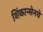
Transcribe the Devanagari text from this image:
शिंकान्सेनचे